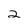
Character: 2